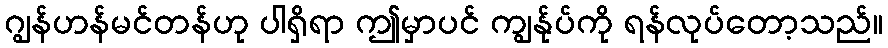
ဂျွန်ဟန်မင်တန်ဟု ပါရှိရာ ဤမှာပင် ကျွန်ုပ်ကို ရန်လုပ်တော့သည်။